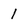
Character: 1